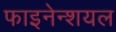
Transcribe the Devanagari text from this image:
फाइनेन्शयल